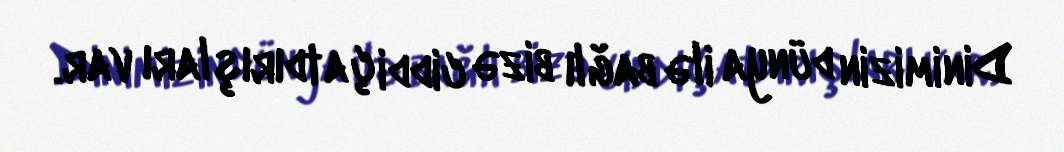
Dinimizin dünya ilə bağlı bizə ciddi çatdırışları var.